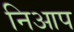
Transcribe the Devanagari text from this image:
निआप